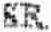
SR